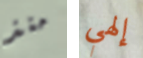
منذ إلهي